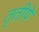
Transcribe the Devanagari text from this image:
तृतीये